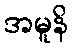
အမူနိ